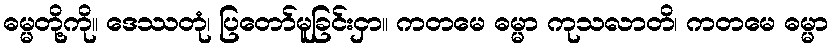
ဓမ္မတို့ကို။ ဒေဿတုံ၊ ပြတော်မူခြင်းငှာ။ ကတမေ ဓမ္မာ ကုသလာတိ၊ ကတမေ ဓမ္မာ